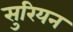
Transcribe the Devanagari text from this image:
सुरियन